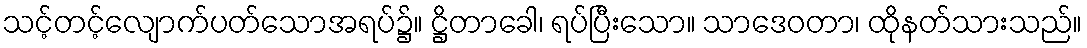
သင့်တင့်လျောက်ပတ်သောအရပ်၌။ ဋ္ဌိတာခေါ၊ ရပ်ပြီးသော။ သာဒေဝတာ၊ ထိုနတ်သားသည်။